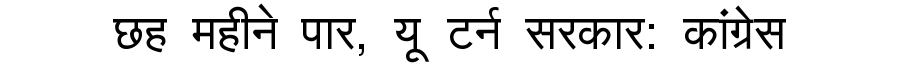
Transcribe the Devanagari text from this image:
छह महीने पार, यू टर्न सरकार: कांग्रेस